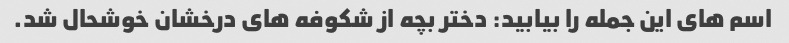
اسم های این جمله را بیابید: دختر بچه از شکوفه های درخشان خوشحال شد.